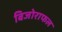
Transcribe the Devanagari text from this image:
बिजोराफल